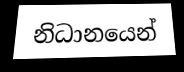
නිධානයෙන්